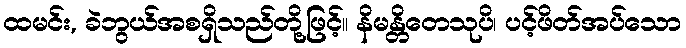
ထမင်း, ခဲဘွယ်အစရှိသည်တို့ဖြင့်။ နိမန္တိတေသုပိ၊ ပင့်ဖိတ်အပ်သော